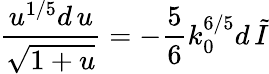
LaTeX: \frac{u^{1/5}d\, u}{\sqrt{1+u}}=-\frac{5}{6}k_{0}^{6/5}d\, {\tilde{I}}